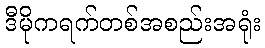
ဒီမိုကရက်တစ်အစည်းအရုံး